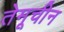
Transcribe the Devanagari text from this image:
तेमूचीन